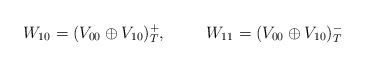
\begin{align*}W_{10}=(V_{00}\oplus V_{10})_T^+, \hspace{1cm} W_{11}=(V_{00}\oplus V_{10})_T^-\end{align*}